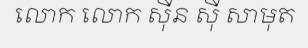
លោក លោក ស៊ីន ស៊ី សាមុត